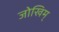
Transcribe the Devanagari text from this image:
जोखिम्